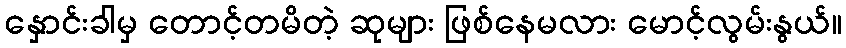
နှောင်းခါမှ တောင့်တမိတဲ့ ဆုများ ဖြစ်နေမလား မောင့်လွမ်းနွယ်။